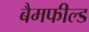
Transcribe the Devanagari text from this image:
बैमफील्ड